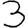
Digit: 3